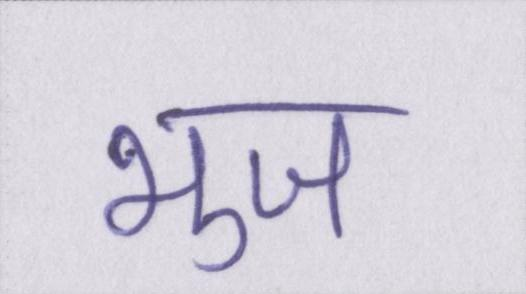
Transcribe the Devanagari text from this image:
भुज